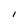
Character: I